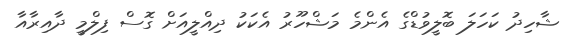
ޝާހިދު ކަހަލަ ބޮލީވުޑްގެ އެންމެ މަޝްހޫރު އެކަކު ދިއްލީއަށް ގޮސް ފިލްމީ ދާއިރާއާ